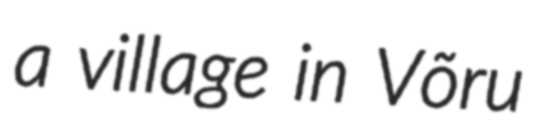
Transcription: a village in Võru